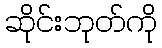
ဆိုင်းဘုတ်ကို